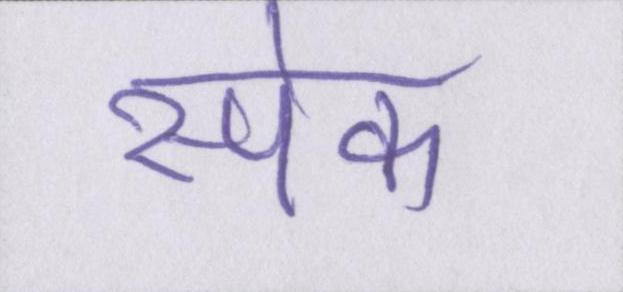
स्पेक